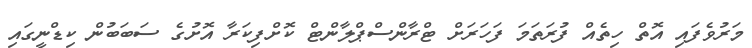
މަރުވެފައި އޮތް ހިތެއް ފުރަތަމަ ފަހަރަށް ޓްރާންސްޕްލާންޓް ކޮށްފިކަރާ އޮށުގެ ސަބަބުން ކިޑްނީގައި